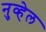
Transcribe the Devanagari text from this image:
नुव्हेल